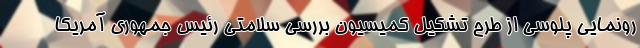
رونمایی پلوسی از طرح تشکیل کمیسیون بررسی سلامتی رئیس جمهوری آمریکا